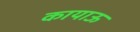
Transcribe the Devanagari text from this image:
कायाऊ